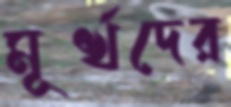
মূর্খদের